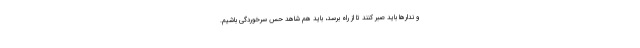
و ندارها باید صبر کنند تا از راه برسد، باید هم شاهد حس سرخوردگی باشیم.